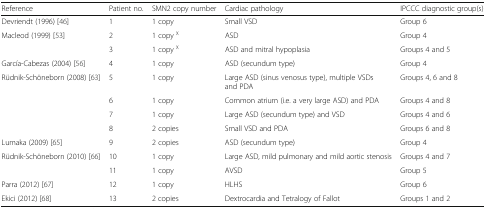
<table><thead><tr><td><b>Reference</b></td><td><b>Patient no.</b></td><td><b>SMN2 copy number</b></td><td><b>Cardiac pathology</b></td><td><b>IPCCC diagnostic group(s)</b></td></tr></thead><tbody><tr><td>Devriendt (1996) [46]</td><td>1</td><td>1 copy</td><td>Small VSD</td><td>Group 6</td></tr><tr><td rowspan="2">Macleod (1999) [53]</td><td>2</td><td>1 copy <sup>χ</sup></td><td>ASD</td><td>Group 4</td></tr><tr><td>3</td><td>1 copy <sup>χ</sup></td><td>ASD and mitral hypoplasia</td><td>Groups 4 and 5</td></tr><tr><td>García-Cabezas (2004) [56]</td><td>4</td><td>1 copy</td><td>ASD (secundum type)</td><td>Group 4</td></tr><tr><td rowspan="4">Rüdnik-Schöneborn (2008) [63]</td><td>5</td><td>1 copy</td><td>Large ASD (sinus venosus type), multiple VSDs and PDA</td><td>Groups 4, 6 and 8</td></tr><tr><td>6</td><td>1 copy</td><td>Common atrium (i.e. a very large ASD) and PDA</td><td>Groups 4 and 8</td></tr><tr><td>7</td><td>1 copy</td><td>Large ASD (secundum type) and VSD</td><td>Groups 4 and 6</td></tr><tr><td>8</td><td>2 copies</td><td>Small VSD and PDA</td><td>Groups 6 and 8</td></tr><tr><td>Lumaka (2009) [65]</td><td>9</td><td>2 copies</td><td>ASD (secundum type)</td><td>Group 4</td></tr><tr><td rowspan="2">Rüdnik-Schöneborn (2010) [66]</td><td>10</td><td>1 copy</td><td>Large ASD, mild pulmonary and mild aortic stenosis</td><td>Groups 4 and 7</td></tr><tr><td>11</td><td>1 copy</td><td>AVSD</td><td>Group 5</td></tr><tr><td>Parra (2012) [67]</td><td>12</td><td>1 copy</td><td>HLHS</td><td>Group 6</td></tr><tr><td>Ekici (2012) [68]</td><td>13</td><td>2 copies</td><td>Dextrocardia and Tetralogy of Fallot</td><td>Groups 1 and 2</td></tr></tbody></table>